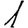
Digit: 1